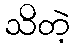
သိတဲ့